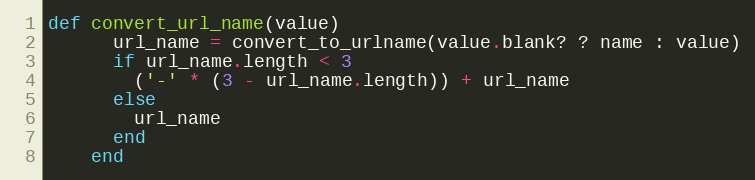
Language: Ruby
def convert_url_name(value)
      url_name = convert_to_urlname(value.blank? ? name : value)
      if url_name.length < 3
        ('-' * (3 - url_name.length)) + url_name
      else
        url_name
      end
    end